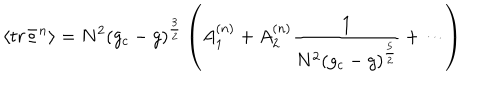
\langle t r \Phi ^ { n } \rangle = N ^ { 2 } ( g _ { c } - g ) ^ { \frac { 3 } { 2 } } \left( A _ { 1 } ^ { ( n ) } + A _ { 2 } ^ { ( n ) } \frac { 1 } { N ^ { 2 } ( g _ { c } - g ) ^ { \frac { 5 } { 2 } } } + \cdots \right)